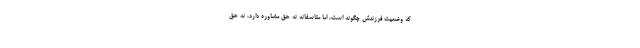
که وضعیت فرزندش چگونه است، اما متاسفانه نه حق مشاوره دارد، نه حق